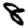
Digit: 8